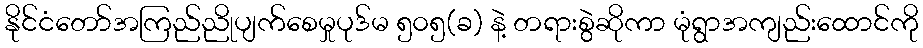
နိုင်ငံတော်အကြည်ညိုပျက်စေမှုပုဒ်မ ၅၀၅(ခ) နဲ့ တရားစွဲဆိုကာ မုံရွာအကျည်းထောင်ကို